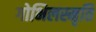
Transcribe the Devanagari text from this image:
गोभिलस्मृति